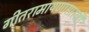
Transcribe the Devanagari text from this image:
गीतरामायणासारखी